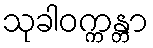
သုခါဝက္ကန္တာ